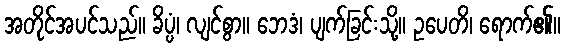
အတိုင်အပင်သည်။ ခိပ္ပံ၊ လျင်စွာ။ ဘေဒံ၊ ပျက်ခြင်းသို့။ ဥပေတိ၊ ရောက်၏။